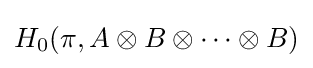
H_{0}(\pi ,A\otimes B\otimes \cdots \otimes B)